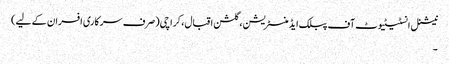
نیشنل انسٹیٹیوٹ آف پبلک ایڈمنسٹریشن، گلشن اقبال، کراچی(صرف سرکاری افسران کے لیے)
۔